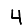
Digit: 4